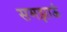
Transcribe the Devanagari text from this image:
समझाऊं